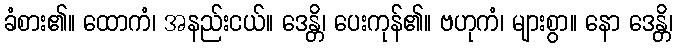
ခံစား၏။ ထောကံ၊ အနည်းငယ်။ ဒေန္တိ၊ ပေးကုန်၏။ ဗဟုကံ၊ များစွာ။ နော ဒေန္တိ၊